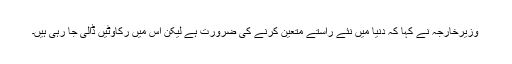
وزیرخارجہ نے کہا کہ دنیا میں نئے راستے متعین کرنے کی ضرورت ہے لیکن اس میں رکاوٹیں ڈالی جا رہی ہیں۔